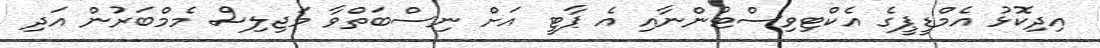
އިދިކޮޅު އެމްޑީޕީގެ އެކްޓިވިސްޓުންނާއި އެ ޕާޓީ އަށް ނިސްބަތްވާ މަޖިލިސް މެމްބަރުން އަދި